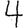
Digit: 4